Indian journal of veterinary science and animal husbandry - Volume 2,
Year: 1932
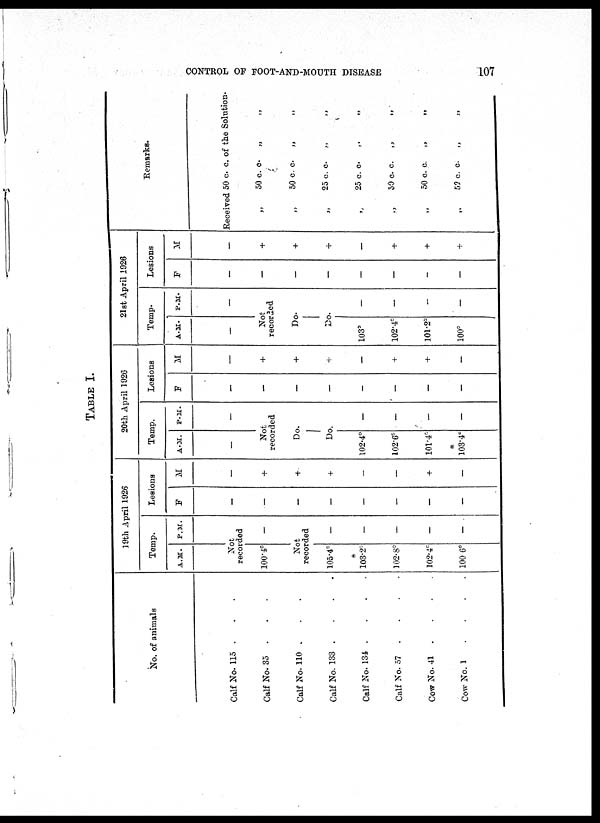
CONTROL OF FOOT-AND-MOUTH DISEASE
107
TABLE I.
No. of animals
Calf No. 115 . . .
Calf No. 35 . . .
Calf No. 110 . . . .
Calf No. 133 . . . .
Calf No. 134 . . . .
Calf No. 57 . . . .
Cow No. 41
.
.
.
.
Cow No. 1 . . . .
19th April 1926
Temp.
A. M. P.M.
Not
recorded
100.4° -
Not
recorded
105.4°
*
103.2°
102.8°
102.4°
100 6°
-
-
-
-
-
Lesions
F
-
-
-
-
-
-
-
-
M
-
+
+
+
-
-
+
-
20th April 1926
Temp.
A.M.
-
P.M.
-
Not
recorded
Do.
Do.
102.4°
102.6°
101.4°
*
103.4°
-
-
-
-
Lesions
F
-
-
-
-
-
-
-
-
M
-
+
+
+
-
+
+
-
21st April 1926
Temp.
A.M.
-
P.M.
-
Not
recorded
Do.
Do.
103°
102.4°
101.2°
100°
-
-
-
-
Lesions
F
-
-
-
-
-
-
-
-
M
-
+
+
+
-
+
+
+
Remarks.
Received 50 c. c. of the Solution.
„
50 c. c. „
„
„
50 c c. „
„
„
25 c. c
„
„
„ 25 c. c „ „
„
50 c. c. „
„
„
50 c. c.
„
„
„ 50 c. c
„
„